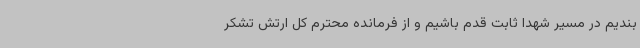
بندیم در مسیر شهدا ثابت قدم باشیم و از فرمانده محترم کل ارتش تشکر